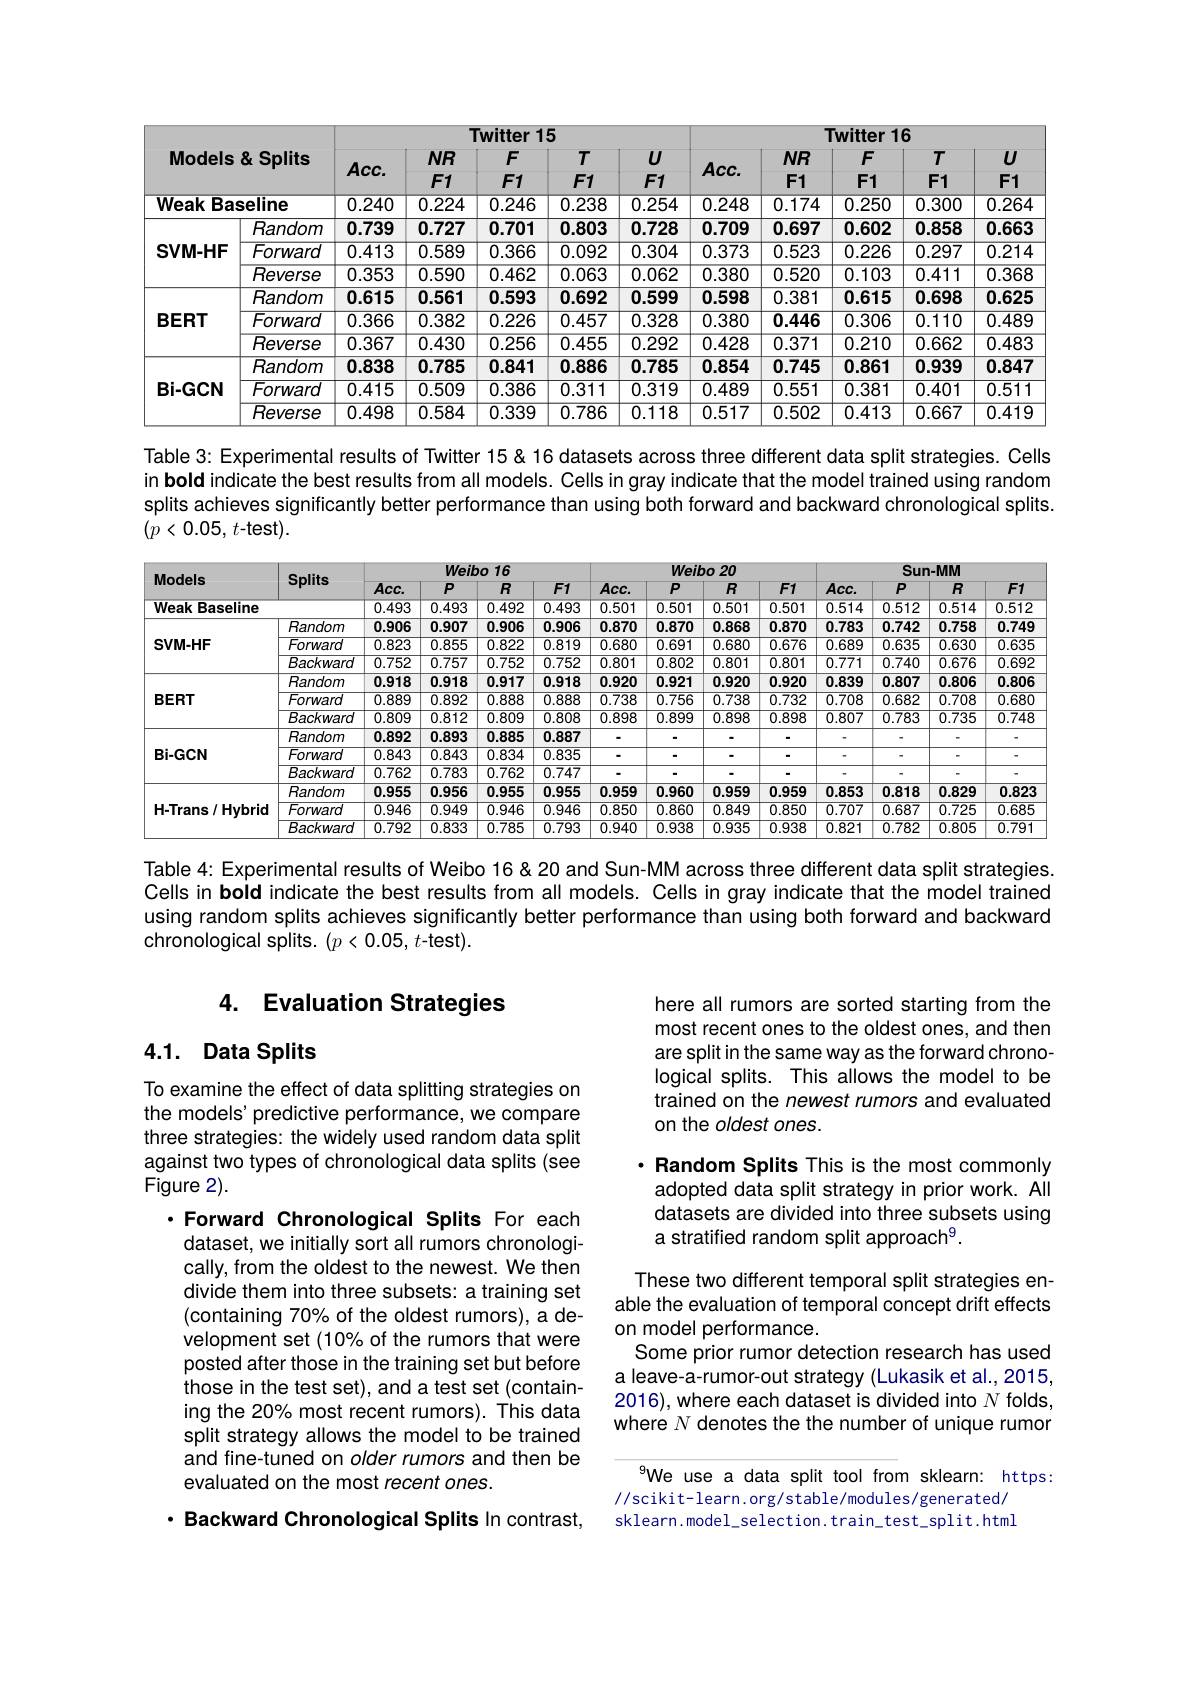
<table>
	<tbody>
		<tr>
			<th> </th>
			<th> </th>
			<th colspan="5">Twitter 15</th>
			<th colspan="5">Twitter 16</th>
		</tr>
		<tr>
			<th>Models</th>
			<th>& Splits</th>
			<th> </th>
			<th rowspan="2">$NR$ $F1$</th>
			<th rowspan="2">$F$ $F1$</th>
			<th rowspan="2">$T$ $F1$</th>
			<th rowspan="2">$U$ $F1$</th>
			<th rowspan="2">$Acc.$</th>
			<th rowspan="2">$NR$ $F1$</th>
			<th rowspan="2">$F$ $F1$</th>
			<th rowspan="2">$T$ $F1$</th>
			<th>$U$</th>
		</tr>
		<tr>
			<th>Models</th>
			<th>& Splits</th>
			<th>$Acc.$</th>
			<th>$U$ $F1$</th>
		</tr>
		<tr>
			<td colspan="2">Weak Baseline</td>
			<td>0.240</td>
			<td>0.224</td>
			<td>0.246</td>
			<td>0.238</td>
			<td>0.254</td>
			<td>0.248</td>
			<td>0.174</td>
			<td>0.250</td>
			<td>0.300</td>
			<td>$\overline{0.264}$</td>
		</tr>
		<tr>
			<td> </td>
			<td>Random</td>
			<td>0.739</td>
			<td>0.727</td>
			<td>0.701</td>
			<td>0.803</td>
			<td>0.728</td>
			<td>0.709</td>
			<td>0.697</td>
			<td>0.602</td>
			<td>0.858</td>
			<td>0.663</td>
		</tr>
		<tr>
			<td rowspan="2">SVM-HF</td>
			<td>Forward</td>
			<td>0.413</td>
			<td>0.589</td>
			<td>0.366</td>
			<td>0.092</td>
			<td>0.304</td>
			<td>0.373</td>
			<td>0.523</td>
			<td>0.226</td>
			<td>0.297</td>
			<td>0.21.</td>
		</tr>
		<tr>
			<td>Reverse</td>
			<td>0.353</td>
			<td>0.590</td>
			<td>0.462</td>
			<td>0.063</td>
			<td>0.062</td>
			<td>0.380</td>
			<td>0.520</td>
			<td>0.103</td>
			<td>0.411</td>
			<td>0.368</td>
		</tr>
		<tr>
			<td> </td>
			<td>Random</td>
			<td>0.615</td>
			<td>0.561</td>
			<td>0.593</td>
			<td>0.692</td>
			<td>0.599</td>
			<td>0.598</td>
			<td>0.381</td>
			<td>0.615</td>
			<td>0.698</td>
			<td>0.625</td>
		</tr>
		<tr>
			<td rowspan="2">BERT</td>
			<td>Forward</td>
			<td>0.366</td>
			<td>0.382</td>
			<td>0.226</td>
			<td>0.457</td>
			<td>0.328</td>
			<td>$\overline{0.380}$</td>
			<td>0.446</td>
			<td>0.306</td>
			<td>$\overline{0.110}$</td>
			<td>0.485</td>
		</tr>
		<tr>
			<td>Reverse</td>
			<td>0.367</td>
			<td>0.430</td>
			<td>0.256</td>
			<td>0.455</td>
			<td>0.292</td>
			<td>0.428</td>
			<td>0.371</td>
			<td>0.210</td>
			<td>0.662</td>
			<td>0.483</td>
		</tr>
		<tr>
			<td> </td>
			<td>Random</td>
			<td>0.838</td>
			<td>0.785</td>
			<td>0.841</td>
			<td>0.886</td>
			<td>0.785</td>
			<td>0.854</td>
			<td>0.745</td>
			<td>0.861</td>
			<td>0.939</td>
			<td>0.847</td>
		</tr>
		<tr>
			<td rowspan="2">Bi-GCN</td>
			<td>Forward</td>
			<td>0.415</td>
			<td>0.509</td>
			<td>0.386</td>
			<td>0.311</td>
			<td>0.319</td>
			<td>0.489</td>
			<td>0.551</td>
			<td>0.381</td>
			<td>0.401</td>
			<td>0.511</td>
		</tr>
		<tr>
			<td>$\overline{Reverse}$</td>
			<td>0.498</td>
			<td>0.584</td>
			<td>0.339</td>
			<td>0.786</td>
			<td>0.118</td>
			<td>0.517</td>
			<td>0.502</td>
			<td>0.413</td>
			<td>0.667</td>
			<td>0.415</td>
		</tr>
	</tbody>
</table>

Table 3: Experimental results of Twitter 15& 16 datasets across three different data split strategies. Cells in bold indicate the best results from all models. Cells in gray indicate that the model trained using random splits achieves significantly better performance than using both forward and backward chronological splits. $( p< 0. 05$, $t$-test).

<table>
	<tbody>
		<tr>
			<th rowspan="2">Models</th>
			<th rowspan="2">Splits</th>
			<th colspan="4">Weibo 16</th>
			<th colspan="4">Weibo 20</th>
			<th colspan="4">Sun-MM</th>
		</tr>
		<tr>
			<th>$Acc.$</th>
			<th>$\overline{P}$</th>
			<th>$\overline{R}$</th>
			<th>$F1$</th>
			<th>$Acc.$</th>
			<th>$\overline{P}$</th>
			<th>$\overline{R}$</th>
			<th>$F1$</th>
			<th>$Acc.$</th>
			<th>$\overline{P}$</th>
			<th>$\overline{R}$</th>
			<th>$F1$</th>
		</tr>
		<tr>
			<td rowspan="1">Weak Baseline</td>
			<td> </td>
			<td>0.493</td>
			<td>0.493</td>
			<td>$\overline{0.492}$</td>
			<td>0.493</td>
			<td>0.501</td>
			<td>0.501</td>
			<td>0.501</td>
			<td>0.501</td>
			<td>$\overline{0.514}$</td>
			<td>0.512</td>
			<td>0.514</td>
			<td>0.512</td>
		</tr>
		<tr>
			<td rowspan="3">SVM-HF</td>
			<td>Random</td>
			<td>0.906</td>
			<td>0.907</td>
			<td>0.906</td>
			<td>0.906</td>
			<td>0.870</td>
			<td>0.870</td>
			<td>0.868</td>
			<td>0.870</td>
			<td>0.783</td>
			<td>0.742</td>
			<td>0.758</td>
			<td>0.749</td>
		</tr>
		<tr>
			<td>Forward</td>
			<td>0.823</td>
			<td>0.855</td>
			<td>$\overline{0.822}$</td>
			<td>$\overline{0.819}$</td>
			<td>0.680</td>
			<td>0.691</td>
			<td>$\overline{0.680}$</td>
			<td>$\overline{0.676}$</td>
			<td>0.689</td>
			<td>$\overline{0.635}$</td>
			<td>0.630</td>
			<td>$\overline{0.635}$</td>
		</tr>
		<tr>
			<td>Backward</td>
			<td>$\overline{0.752}$</td>
			<td>$\overline{0.757}$</td>
			<td>0.752</td>
			<td>0.752</td>
			<td>0.801</td>
			<td>$\overline{0.802}$</td>
			<td>0.801</td>
			<td>$\overline{0.801}$</td>
			<td>$\overline{0.771}$</td>
			<td>$\overline{0.740}$</td>
			<td>0.676</td>
			<td>$\overline{0.692}$</td>
		</tr>
		<tr>
			<td rowspan="3">BERT</td>
			<td>Random</td>
			<td>0.918</td>
			<td>0.918</td>
			<td>0.917</td>
			<td>0.918</td>
			<td>0.920</td>
			<td>0.921</td>
			<td>0.920</td>
			<td>0.920</td>
			<td>0.839</td>
			<td>0.807</td>
			<td>0.806</td>
			<td>0.806</td>
		</tr>
		<tr>
			<td>Forward</td>
			<td>$\overline{0.889}$</td>
			<td>0.892</td>
			<td>$\overline{0.888}$</td>
			<td>$\overline{0.888}$</td>
			<td>0.738</td>
			<td>0.756</td>
			<td>$\overline{0.738}$</td>
			<td>$\overline{0.732}$</td>
			<td>0.708</td>
			<td>$\overline{0.682}$</td>
			<td>0.708</td>
			<td>$\overline{0.680}$</td>
		</tr>
		<tr>
			<td>Backward</td>
			<td>$\overline{0.809}$</td>
			<td>0.812</td>
			<td>$\overline{0.809}$</td>
			<td>$\overline{0.808}$</td>
			<td>0.898</td>
			<td>0.899</td>
			<td>0.898</td>
			<td>$\overline{0.898}$</td>
			<td>0.807</td>
			<td>$\overline{0.783}$</td>
			<td>0.735</td>
			<td>$\overline{0.748}$</td>
		</tr>
		<tr>
			<td> </td>
			<td>Random</td>
			<td>0.892</td>
			<td>0.893</td>
			<td>0.885</td>
			<td>0.887</td>
			<td> </td>
			<td> </td>
			<td>·</td>
			<td>-</td>
			<td> </td>
			<td> </td>
			<td> </td>
			<td>-</td>
		</tr>
		<tr>
			<td rowspan="2">Bi-GCN</td>
			<td>Forward</td>
			<td>0.843</td>
			<td>0.843</td>
			<td>$\overline{0.834}$</td>
			<td>$\overline{0.835}$</td>
			<td> </td>
			<td> </td>
			<td>·</td>
			<td>-</td>
			<td> </td>
			<td> </td>
			<td> </td>
			<td>-</td>
		</tr>
		<tr>
			<td>Backward</td>
			<td>0.762</td>
			<td>$\overline{0.783}$</td>
			<td>$\overline{0.762}$</td>
			<td>$\overline{0.747}$</td>
			<td>-</td>
			<td> </td>
			<td>-</td>
			<td>-</td>
			<td> </td>
			<td> </td>
			<td> </td>
			<td> </td>
		</tr>
		<tr>
			<td rowspan="3">H-Trans/ Hybrid</td>
			<td>Random</td>
			<td>0.955</td>
			<td>0.956</td>
			<td>0.955</td>
			<td>0.955</td>
			<td>0.959</td>
			<td>0.960</td>
			<td>0.959</td>
			<td>0.959</td>
			<td>0.853</td>
			<td>0.818</td>
			<td>0.829</td>
			<td>0.823</td>
		</tr>
		<tr>
			<td>Forward</td>
			<td>$\overline{0.946}$</td>
			<td>0.949</td>
			<td>$\overline{0.946}$</td>
			<td>$\overline{0.946}$</td>
			<td>0.850</td>
			<td>0.860</td>
			<td>$\overline{0.849}$</td>
			<td>$\overline{0.850}$</td>
			<td>0.707</td>
			<td>$\overline{0.687}$</td>
			<td>0.725</td>
			<td>$\overline{0.685}$</td>
		</tr>
		<tr>
			<td>Backward</td>
			<td>$\overline{0.792}$</td>
			<td>0.833</td>
			<td>$\overline{0.785}$</td>
			<td>$\overline{0.793}$</td>
			<td>0.940</td>
			<td>0.938</td>
			<td>0.935</td>
			<td>$\overline{0.938}$</td>
			<td>0.821</td>
			<td>$\overline{0.782}$</td>
			<td>0.805</td>
			<td>$\overline{0.791}$</td>
		</tr>
	</tbody>
</table>

Table 4: Experimental results of Weibo 16&20 and Sun-MM across three different data split strategies. Cells in boid indicate the best results from all models. Cells in gray indicate that the model trained using random splits achieves significantly better performance than using both forward and backward chronological splits. $(p<0.05,t$-test).

### 4. Evaluation Strategies

## 4.1. Data Splits

here all rumors are sorted starting from the most recent ones to the oldest ones, and then are split in the same way as the forward chronological splits. This allows the model to be trained on the newest rumors and evaluated on the oldest ones.

To examine the effect of data splitting strategies on the models' predictive performance, we compare three strategies: the widely used random data split against two types of chronological data splits (see Figure 2).

$\cdot$ Random Splits This is the most commonly adopted data split strategy in prior work. All datasets are divided into three subsets using a stratified random split approach$^{9}.$

These two different temporal split strategies enable the evaluation of temporal concept drift effects on model performance.
Some prior rumor detection research has used a leave-a-rumor-out strategy (Lukasik et al., 2015, 2016), where each dataset is divided into $N$ folds, where $N$ denotes the the number of unique rumor

·Forward Chronological Splits For each dataset, we initially sort all rumors chronologically, from the oldest to the newest. We then divide them into three subsets: a training set (containing 70% of the oldest rumors), a development set (10% of the rumors that were posted after those in the training set but before those in the test set), and a test set (containing the 20% most recent rumors). This data split strategy allows the model to be trained and fine-tuned on older rumors and then be evaluated on the most recent ones.

"We use a data split tool from sklearn: https:
//scikit-learn.org/stable/modules/generated/ sklearn.model\_selection.train\_test\_split.html

· Backward Chronological Splits In contrast,